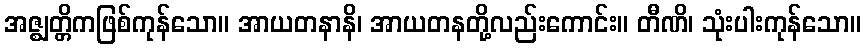
အဇ္ဈတ္တိကဖြစ်ကုန်သော။ အာယတနာနိ၊ အာယတနတို့လည်းကောင်း။ တီဏိ၊ သုံးပါးကုန်သော။